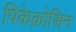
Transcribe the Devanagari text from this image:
पिकेक्रोसिन